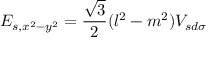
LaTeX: E _ { s , x ^ { 2 } - y ^ { 2 } } = { \frac { \sqrt { 3 } } { 2 } } ( l ^ { 2 } - m ^ { 2 } ) V _ { s d \sigma }